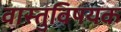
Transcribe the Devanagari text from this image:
वास्तुवि़षयक